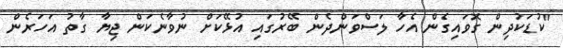
"ކުޑަކުދިން ގޮވައިގެން އެހާ ލަސްވަންދެން ބޭރުގައި އުޅޭކަށް ނުވާނެކަން ޖިޔާ ގާތު އަހަރެން